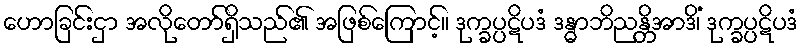
ဟောခြင်းငှာ အလိုတော်ရှိသည်၏ အဖြစ်ကြောင့်။ ဒုက္ခပ္ပဋိပဒံ ဒန္ဓာဘိညန္တိအာဒိံ၊ ဒုက္ခပ္ပဋိပဒံ